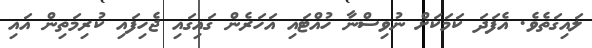
ލައިގަތެވެ. އެފަދަ ކަމަކަށް ނުވިސްނާ ހުއްޓައި އަހަރެން ގައިގައި ޖެހިފައި ކުރިމަތިން އައި